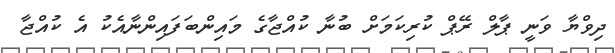
ދިވްޔާ ވަނީ ޕާލް ރޭޕް ކުރިކަމަށް ބުނާ ކުއްޖާގެ މައިންބަފައިންނާއެކު އެ ކުއްޖާ